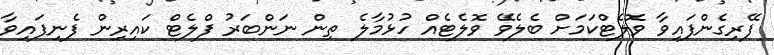
ފޭރިގެންފައިވާ ވޮލެޓްކަމަށް ބެލެވޭ ވޮލެޓެއް ހުޅުމާލެ ތިން ނަންބަރު ފްލެޓް ކައިރިން ފެނިފައިވާ